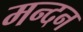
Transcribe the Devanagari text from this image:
मन्दन